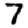
Digit: 7